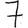
Digit: 7